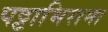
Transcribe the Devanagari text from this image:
पट्टाभिरामा